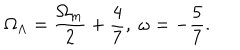
\Omega _ { \Lambda } = \frac { \Omega _ { m } } { 2 } + \frac { 4 } { 7 } , \ \omega = - \frac { 5 } { 7 } .